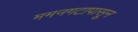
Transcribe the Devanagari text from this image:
ममनगटापासून